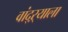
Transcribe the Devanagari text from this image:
वांद्‌ऱ्याला